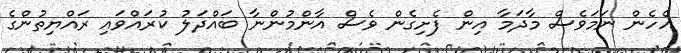
އެހެން ނަމަވެސް މާދަމާ އިން ފެށިގެން ވެސް އާންމުންނާ ބައްދަލު ކުރައްވައި ރައްޔިތުންގެ